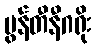
မွန်တီနီဂရိုး